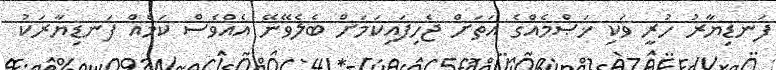
ފަނޑިޔާރު ހުރީ ވަކި ޚަޞްމެއްގެ އަތަށް ޖެހިފައިކަމަށް ބެލެވޭނޭ އެއްވެސް ކަމެއް ފަނޑިޔާރަކު